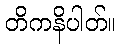
တိကနိပါတ်။